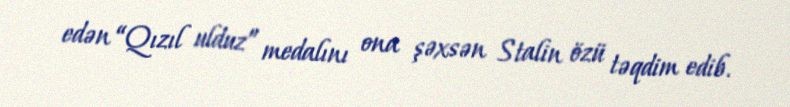
edən “Qızıl ulduz” medalını ona şəxsən Stalin özü təqdim edib.